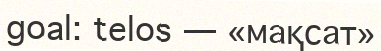
goal: telos — «мақсат»